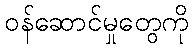
ဝန်ဆောင်မှုတွေကို